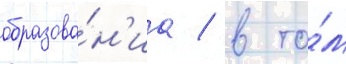
образова́н'иа / в то́м